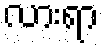
လားရာ